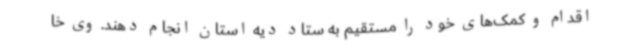
اقدام و کمک‌های خود را مستقیم به ستاد دیه استان انجام دهند. وی خا